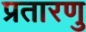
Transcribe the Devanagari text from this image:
प्रतारणु